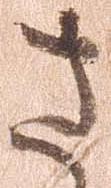
さ